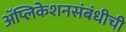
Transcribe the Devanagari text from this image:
ॲप्लिकेशनसंबंधीची